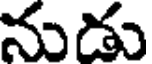
నుడు